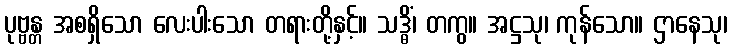
ပုဗ္ဗန္တ အစရှိသော လေးပါးသော တရားတို့နှင့်။ သဒ္ဓိံ၊ တကွ။ အဋ္ဌသု၊ ကုန်သော။ ဌာနေသု၊